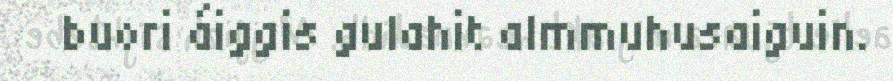
buori áiggis gulahit almmuhusaiguin.